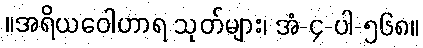
။အရိယဝေါဟာရ သုတ်များ၊ အံ-၄-ပါ-၅၆၈။